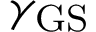
\gamma _ { \mathrm { G S } }